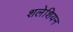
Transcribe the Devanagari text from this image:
शलेशियन